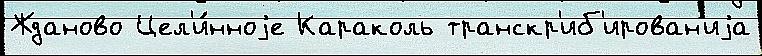
Жданово Цел'и́нноjе Караколь транскр'иб'ирован'иjа